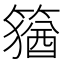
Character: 𥴕